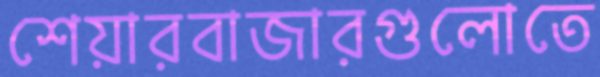
শেয়ারবাজারগুলোতে